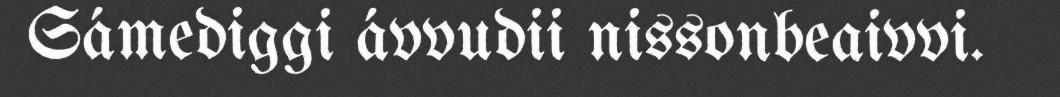
Sámediggi ávvudii nissonbeaivvi.